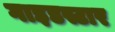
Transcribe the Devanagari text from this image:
गाइडस्टार